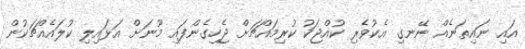
އައި ނައިތަނެއް ނޭނގި އެކުވެރި ކުއްޖަކު ކުރިމައްޗަށް ޖެހިގެންފައި މޫނަށް އަޅައިލި ކުލައެއްޗަކުން